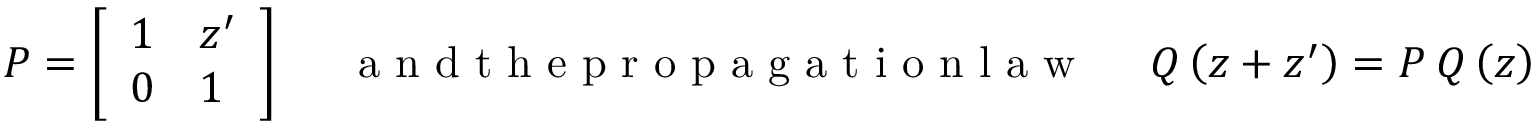
P = \left[ \begin{array} { l l } { 1 } & { z ^ { \prime } } \\ { 0 } & { 1 } \end{array} \right] \mathrm { ~ ~ ~ ~ ~ a ~ n ~ d ~ t ~ h ~ e ~ p ~ r ~ o ~ p ~ a ~ g ~ a ~ t ~ i ~ o ~ n ~ l ~ a ~ w ~ ~ ~ ~ ~ } Q \left( z + z ^ { \prime } \right) = P ~ Q \left( z \right) ~ P ^ { T } ,